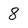
Character: 8